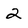
Character: 2